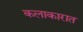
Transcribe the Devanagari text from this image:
कलाकारात